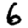
Digit: 6